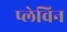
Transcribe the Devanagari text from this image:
प्लेविन